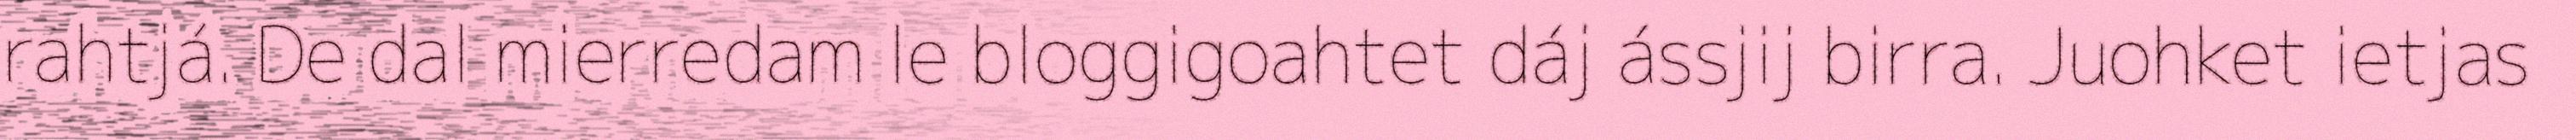
rahtjá. De dal mierredam le bloggigoahtet dáj ássjij birra. Juohket ietjas